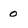
Character: 0